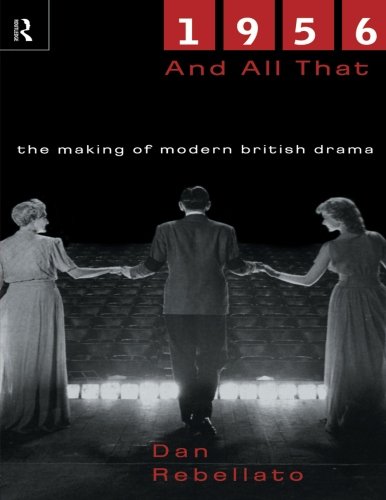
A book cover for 1956 and All That: The Making of Modern British Drama; Dan Rebellato; Literature & Fiction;